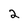
Character: 2